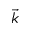
\vec { k }